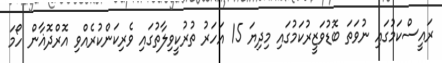
ރައީސްކަމުގައި ނުވަތަ ބޮޑުވަޒީރުކަމުގައި މިދިޔަ 15 އަހަރު ތުރުކީވިލާތުގައި ވެރިކަންކުރެއްވި އޮރްދޮޣާން ހޯމަ